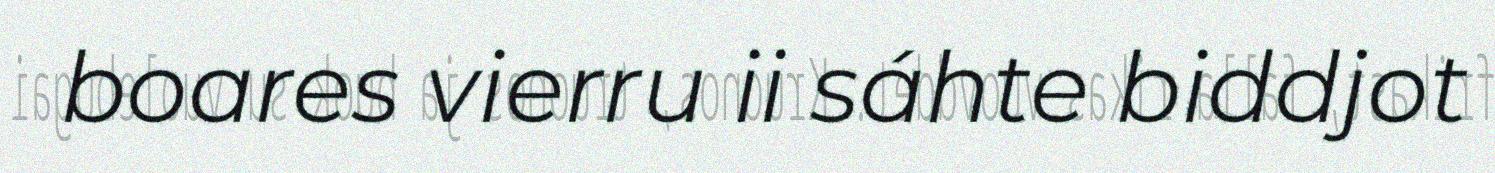
boares vierru ii sáhte biddjot